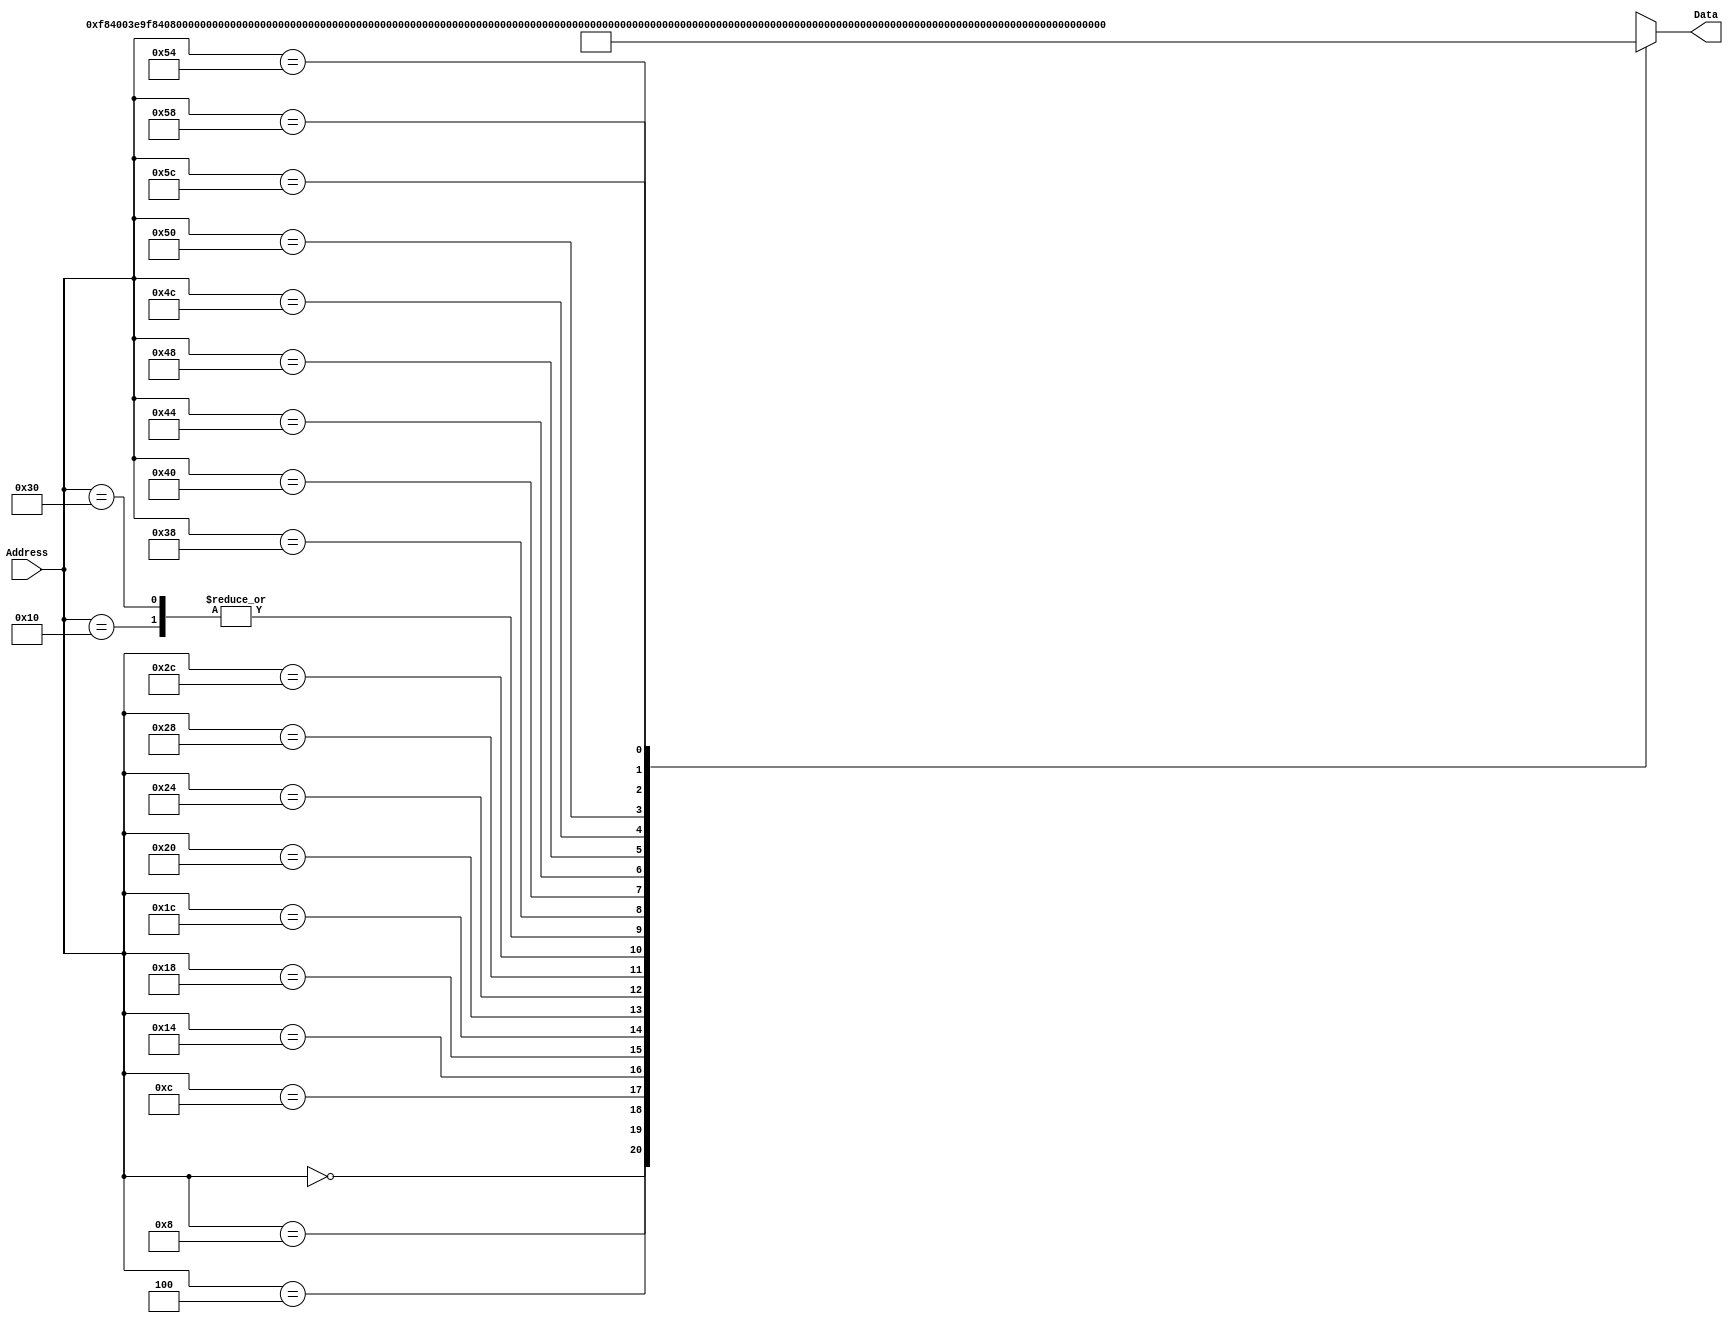
`timescale 1ns / 1ps

module InstructionMemory(Data, Address);
   parameter T_rd = 20;
   parameter MemSize = 40;
   
   output [31:0] Data;
   input [63:0]  Address;
   reg [31:0] 	 Data;
   
   always @ (Address) begin
      #4;
      case(Address)

	/* Test Program 1:
	 * Program loads constants from the data memory. Uses these constants to test
	 * the following instructions: LDUR, ORR, AND, CBZ, ADD, SUB, STUR and B.
	 * 
	 * Assembly code for test:
	 * 
	 * 0: LDUR X9, [XZR, 0x0]    //Load 1 into x9
	 * 4: LDUR X10, [XZR, 0x8]   //Load a into x10
	 * 8: LDUR X11, [XZR, 0x10]  //Load 5 into x11
	 * C: LDUR X12, [XZR, 0x18]  //Load big constant into x12
	 * 10: LDUR X13, [XZR, 0x20]  //load a 0 into X13
	 * 
	 * 14: ORR X10, X10, X11  //Create mask of 0xf
	 * 18: AND X12, X12, X10  //Mask off low order bits of big constant
	 * 
	 * loop:
	 * 1C: CBZ X12, end  //while X12 is not 0
	 * 20: ADD X13, X13, X9  //Increment counter in X13
	 * 24: SUB X12, X12, X9  //Decrement remainder of big constant in X12
	 * 28: B loop  //Repeat till X12 is 0
	 * 2C: STUR X13, [XZR, 0x20]  //store back the counter value into the memory location 0x20
	 */

	63'h000: Data = 32'hF84003E9;
	63'h004: Data = 32'hF84083EA;
	63'h008: Data = 32'hF84103EB;
	63'h00c: Data = 32'hF84183EC;
	63'h010: Data = 32'hF84203ED;
	63'h014: Data = 32'hAA0B014A;
	63'h018: Data = 32'h8A0A018C;
	63'h01c: Data = 32'hB400008C;
	63'h020: Data = 32'h8B0901AD;
	63'h024: Data = 32'hCB09018C;
	63'h028: Data = 32'h17FFFFFD;
	63'h02c: Data = 32'hF80203ED;
	63'h030: Data = 32'hF84203ED;  //One last load to place stored value on memdbus for test checking.

	/* Test Program 2:
	   38: MOVZ X12, 0xdef0          // no shift
	   40: MOVZ X13, 0x9abc, lsl #16 // 16 bit shift
	   44: MOVZ X14, 0x5678, lsl #32 // 32 bit shift
	   48: MOVZ X15, 0x1234, lsl #48 // 48 bit shift

	   4c: ADD X9, X12, X13
	   50: ADD X9, X9, X14
	   54: ADD X9, X9, X15

	   58: STUR X9, [XZR, 0x28]  
	   5c: LDUR X10, [XZR, 0x28]  
	 */

	 63'h038: Data = {11'b11010010100, 16'hdef0, 5'd12};
	 63'h040: Data = {11'b11010010101, 16'h9abc, 5'd13};
	 63'h044: Data = {11'b11010010110, 16'h5678, 5'd14};
	 63'h048: Data = {11'b11010010111, 16'h1234, 5'd15};

	 63'h04c: Data = {11'b10001011000, 5'd13, 6'b000000, 5'd12, 5'd9};
	 63'h050: Data = {11'b10001011000, 5'd14, 6'b000000, 5'd9, 5'd9};
	 63'h054: Data = {11'b10001011000, 5'd15, 6'b000000, 5'd9, 5'd9};

	 63'h058: Data = {11'b11111000000, 9'h28, 2'b00, 5'd31, 5'd9};
	 63'h05c: Data = {11'b11111000010, 9'h28, 2'b00, 5'd31, 5'd10};
			
	default: Data = 32'hXXXXXXXX;
      endcase
   end
   
endmodule